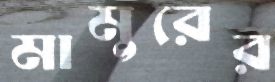
মামুরের